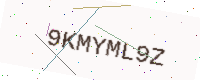
Text: 9KMYML9Z